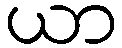
ယာ